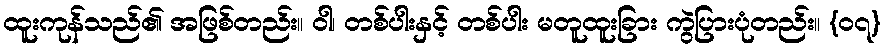
ထူးကုန်သည်၏ အဖြစ်တည်း။ ဝါ၊ တစ်ပါးနှင့် တစ်ပါး မတူထူးခြား ကွဲပြားပုံတည်း။ {၀၇}